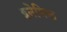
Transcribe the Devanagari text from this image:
इनेमिल